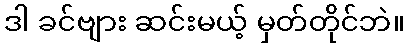
ဒါ ခင်ဗျား ဆင်းမယ့် မှတ်တိုင်ဘဲ။